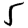
Digit: 5